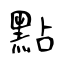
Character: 點